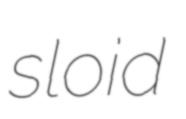
sloid